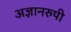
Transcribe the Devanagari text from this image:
अज्ञानरुपी